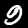
Digit: 9